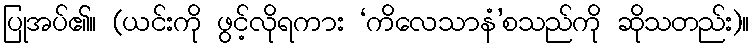
ပြုအပ်၏။ (ယင်းကို ဖွင့်လိုရကား ‘ကိလေသာနံ’စသည်ကို ဆိုသတည်း)။